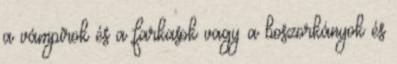
a vámpírok és a farkasok vagy a boszorkányok és